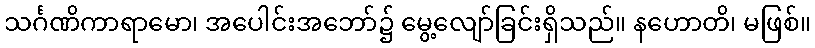
သင်္ဂဏိကာရာမော၊ အပေါင်းအဘော်၌ မွေ့လျော်ခြင်းရှိသည်။ နဟောတိ၊ မဖြစ်။